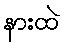
နားထဲ